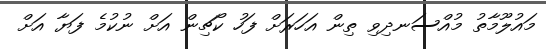
މައުލޫމާތު މުއްސަނދިވި ތިން އަހަރަށް ފަހު ކޯޗިން އަށް ނުކުމެ ފަޔާ އަށް